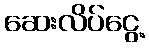
ဆေးလိပ်ငွေ့